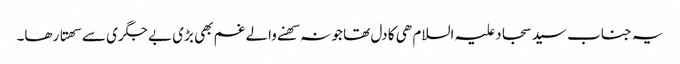
یہ جناب سید سجاد علیہ السلام ھی کا دل تھا جو نہ سھنے والے غم بھی بڑی بے جگری سے سھتا رھا۔